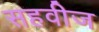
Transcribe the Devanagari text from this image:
सहवीज